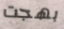
بهجت